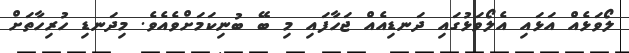
ލޯވަޅެއް އަޅައި އެލޯވަޅުގައި ދަނޑިއެއް ޖަހާފައި މި ބޭ ބުނިކަމަށްވެއެވެ. މިދަނޑި ހުރިހާތަށް